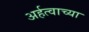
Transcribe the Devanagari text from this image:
अर्हत्वाच्या